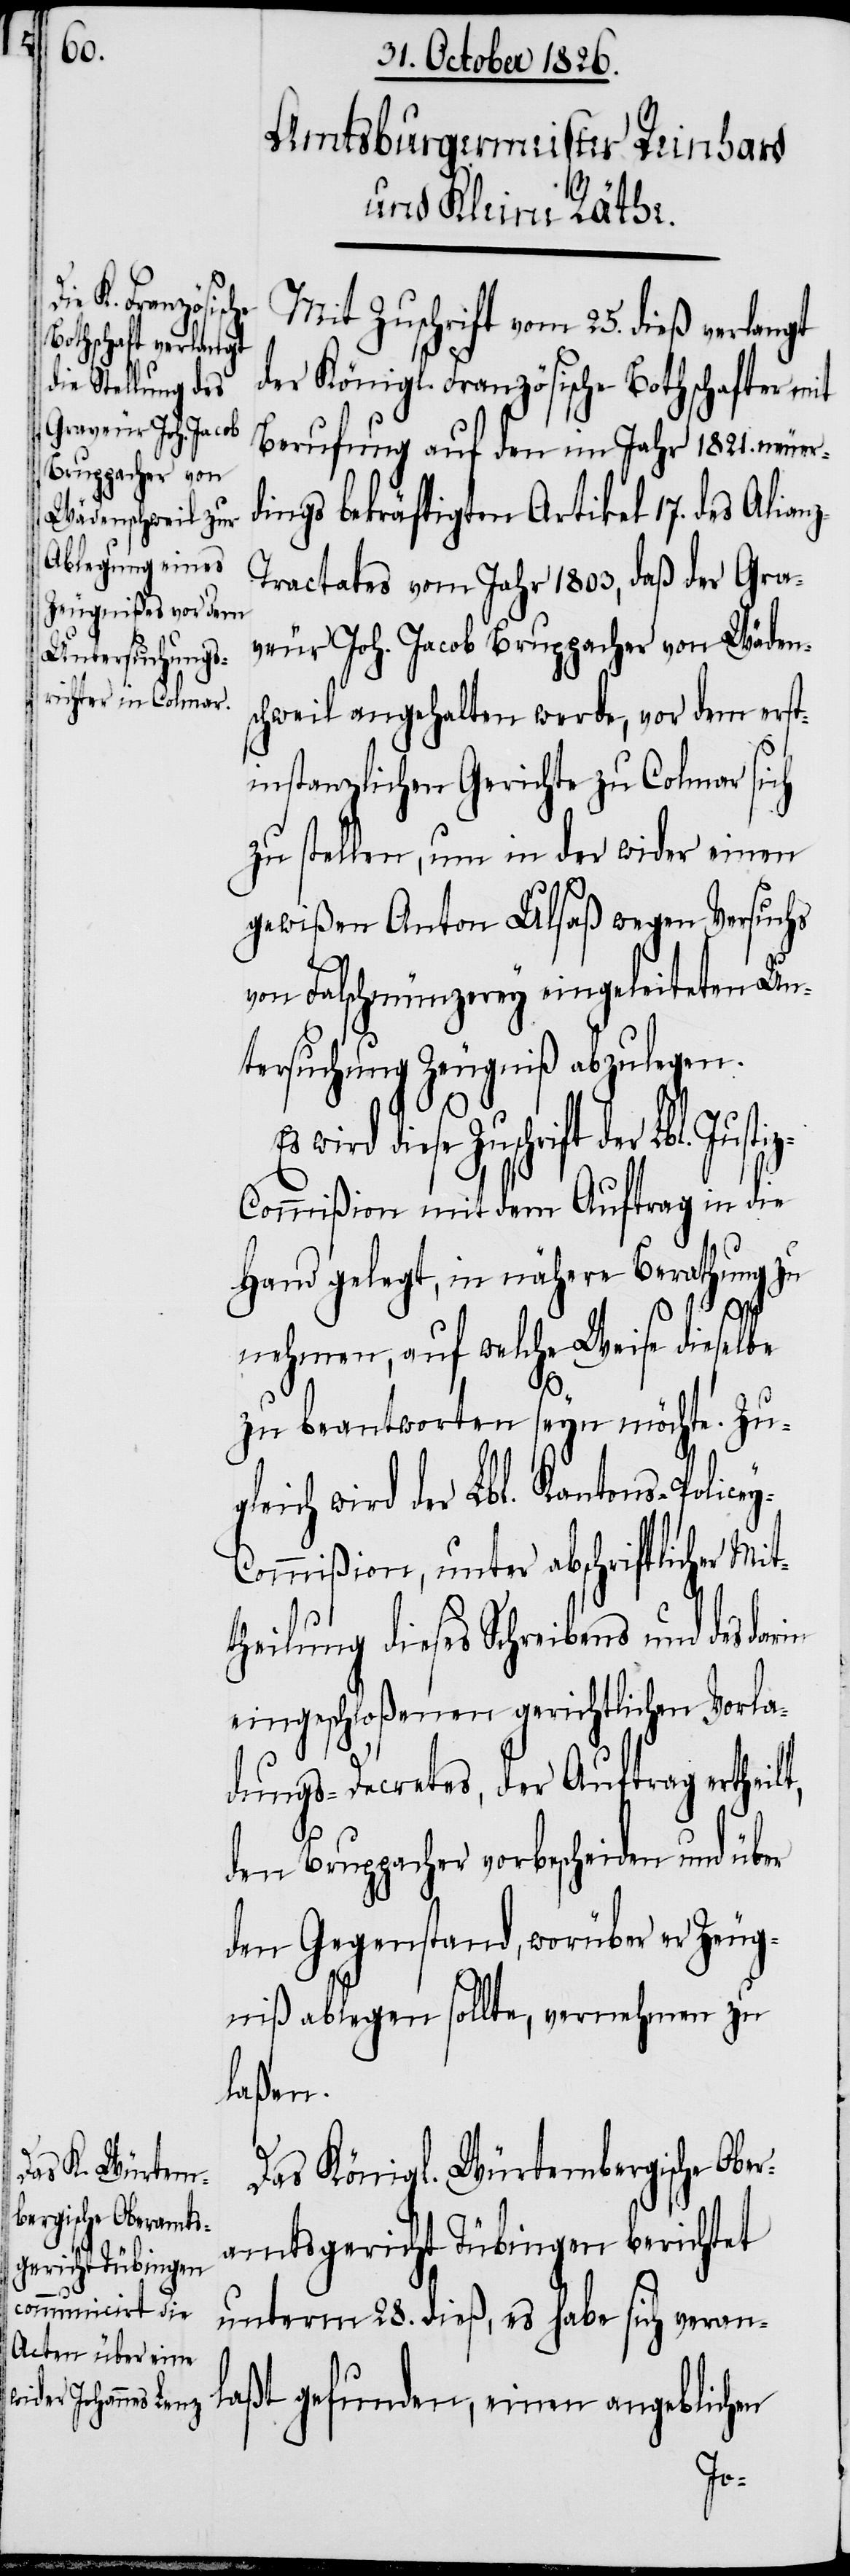
Mit Zuschrift vom 25. dieß verlangt
der Königl. Französische Bothschafter mit
Berufung auf den im Jahr 1821. neuer¬
dings bekräftigen Artikel 17. des Allia¬
ractates vom Jahr 1803, daß der Gra¬
veur Joh. Jacob Bruppacher von Wäden¬
schweil angehalten werde, vor dem erst¬
instanzlichen Gerichte zu Colmar sich
zu stellen, um in der wider einen
gewißen Anton Ulsaß wegen Versuchs
von Falschmünzerey eingeleiteten Un¬
tersuchung Zeugniß abzulegen.
rift der Lbl. Justi¬
z-Commißion mit dem Auftrag in die
Hand gelegt, in nähere Berathung zu
nehmen, auf welche Weise dieselbe
zu beantworten seyn möchte. Zug¬
leich wird der Lbl. Kantons-Police¬
ommißion, unter abschriftlicher Mit¬
theilung dieses Schreibens und des darin
eingeschloßenen gerichtlichen Vorla¬
dungs-Decretes, der Auftrag ertheilt,
den Bruppacher vorbescheiden und über
den Gegenstand, worüber er Zeug¬
niß ablegen sollte, vernehmen zu
laßen.
Das Königl. Würtembergische Obe¬
ramtsgericht Tübingen berichtet
unterm 28. dieß, es habe sich veran¬
laßt gefunden, einen angeblichen
y-C¬